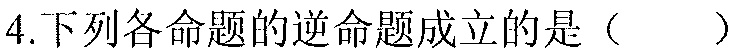
4.下列各命题的逆命题成立的是（  ）